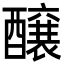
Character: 醸